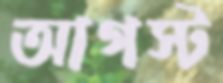
আগস্ট